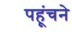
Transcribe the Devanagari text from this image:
पहूंचने